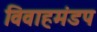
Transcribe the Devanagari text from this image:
विवाहमंडप